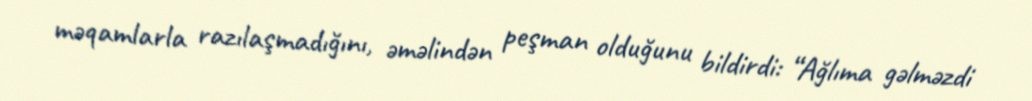
məqamlarla razılaşmadığını, əməlindən peşman olduğunu bildirdi: “Ağlıma gəlməzdi